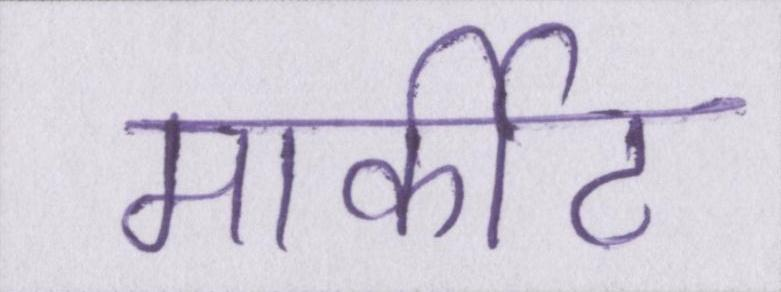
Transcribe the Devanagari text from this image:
मार्कीट